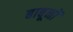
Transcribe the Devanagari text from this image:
बाबूनों